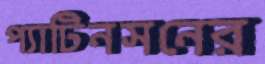
প্যাটিনসনের